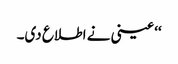
‘‘ عینی نے اطلاع دی۔